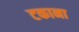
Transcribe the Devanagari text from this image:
टकाना